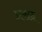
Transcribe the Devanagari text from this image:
प्रसद